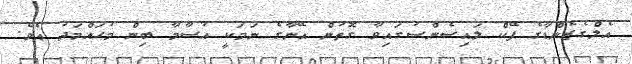
އެލްގެޒެންޑާގެ ފޭކް ލައިސެންސުގައިވާ ގޮތުން އޭނާގެ ނަމަކީ އުސާމާ ބިން މުހައްމަދު އެވެ.